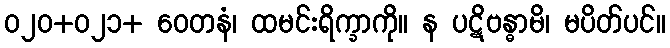
၀၂၀+၀၂၁+ ဝေတနံ၊ ထမင်းရိက္ခာကို။ န ပဋိဗန္ဓာမိ၊ မပိတ်ပင်။